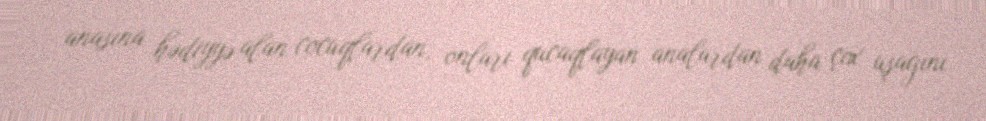
anasına hədiyyə alan cocuqlardan, onları qucaqlayan analardan daha çox uşağını